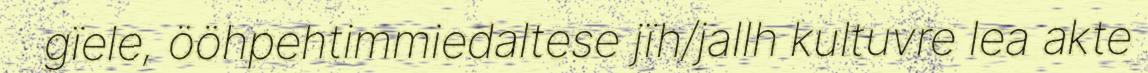
gïele, ööhpehtimmiedaltese jïh/jallh kultuvre lea akte